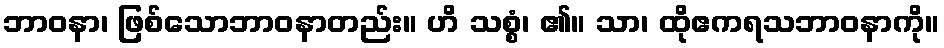
ဘာဝနာ၊ ဖြစ်သောဘာဝနာတည်း။ ဟိ သစ္စံ၊ ၏။ သာ၊ ထိုဧကရသဘာဝနာကို။